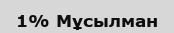
1% Мұсылман